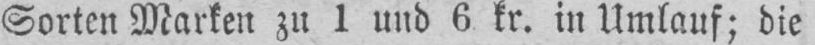
Sorten Marken zu 1 und 6 fr. in Umlauf; die